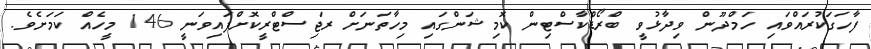
ފާހަަގަކުރައްވައި ހަމްދޫން ވިދާޅުވީ ބްރޯޑްކާސްޓިން ކޮމިޝަންގައި މިހާތަނަށް ރަޖިސްޓްރީކޮށްފައިވަނީ 146 މީހެއް ކަމަށެވެ.